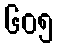
၆၀၅